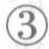
\textcircled{3}